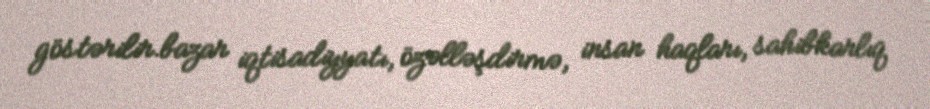
göstərilir.bazar iqtisadiyyatı, özəlləşdirmə, insan haqları, sahibkarlıq